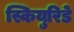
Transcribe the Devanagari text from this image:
स्कियुरिडे